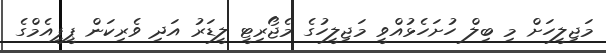
މަޖިލީހަށް މި ބިލް ހުށަހެޅުއްވީ މަޖިލީހުގެ މެޖޯރިޓީ ލީޑަރު އަދި ވެރިކަން ޕީޕީއެމްގެ